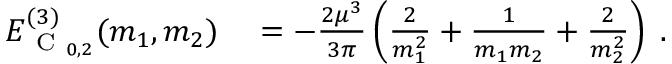
\begin{array} { r l } { E _ { \mathrm { ~ C ~ } _ { 0 , 2 } } ^ { ( 3 ) } ( m _ { 1 } , m _ { 2 } ) } & { { } = - \frac { 2 \mu ^ { 3 } } { 3 \pi } \left( \frac { 2 } { m _ { 1 } ^ { 2 } } + \frac { 1 } { m _ { 1 } m _ { 2 } } + \frac { 2 } { m _ { 2 } ^ { 2 } } \right) \; . } \end{array}